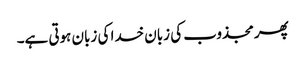
پھر مجذوب کی زبان خدا کی زبان ہوتی ہے۔